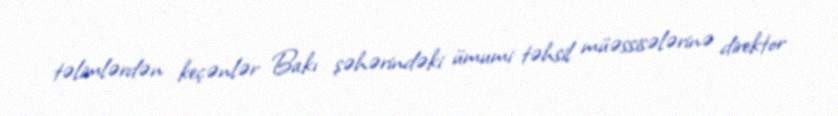
təlimlərdən keçənlər Bakı şəhərindəki ümumi təhsil müəssisələrinə direktor